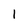
Character: 1